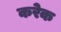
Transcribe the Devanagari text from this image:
करेक